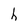
Character: h